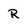
Character: R